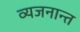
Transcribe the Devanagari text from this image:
व्यजनान्त